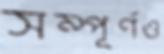
সম্পূর্ণও